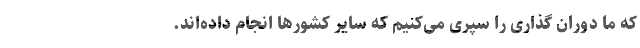
که ما دوران‌ گذاری را سپری می‌کنیم که سایر کشورها انجام داده‌اند.